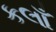
કલાઁ